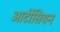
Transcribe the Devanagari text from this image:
आर्टीसियन